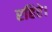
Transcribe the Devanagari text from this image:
रहिऐ।